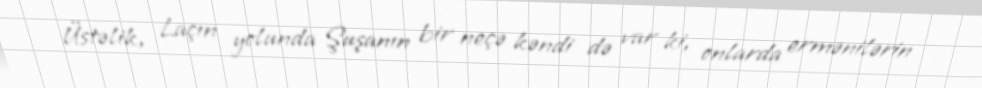
Üstəlik, Laçın yolunda Şuşanın bir neçə kəndi də var ki, onlarda ermənilərin